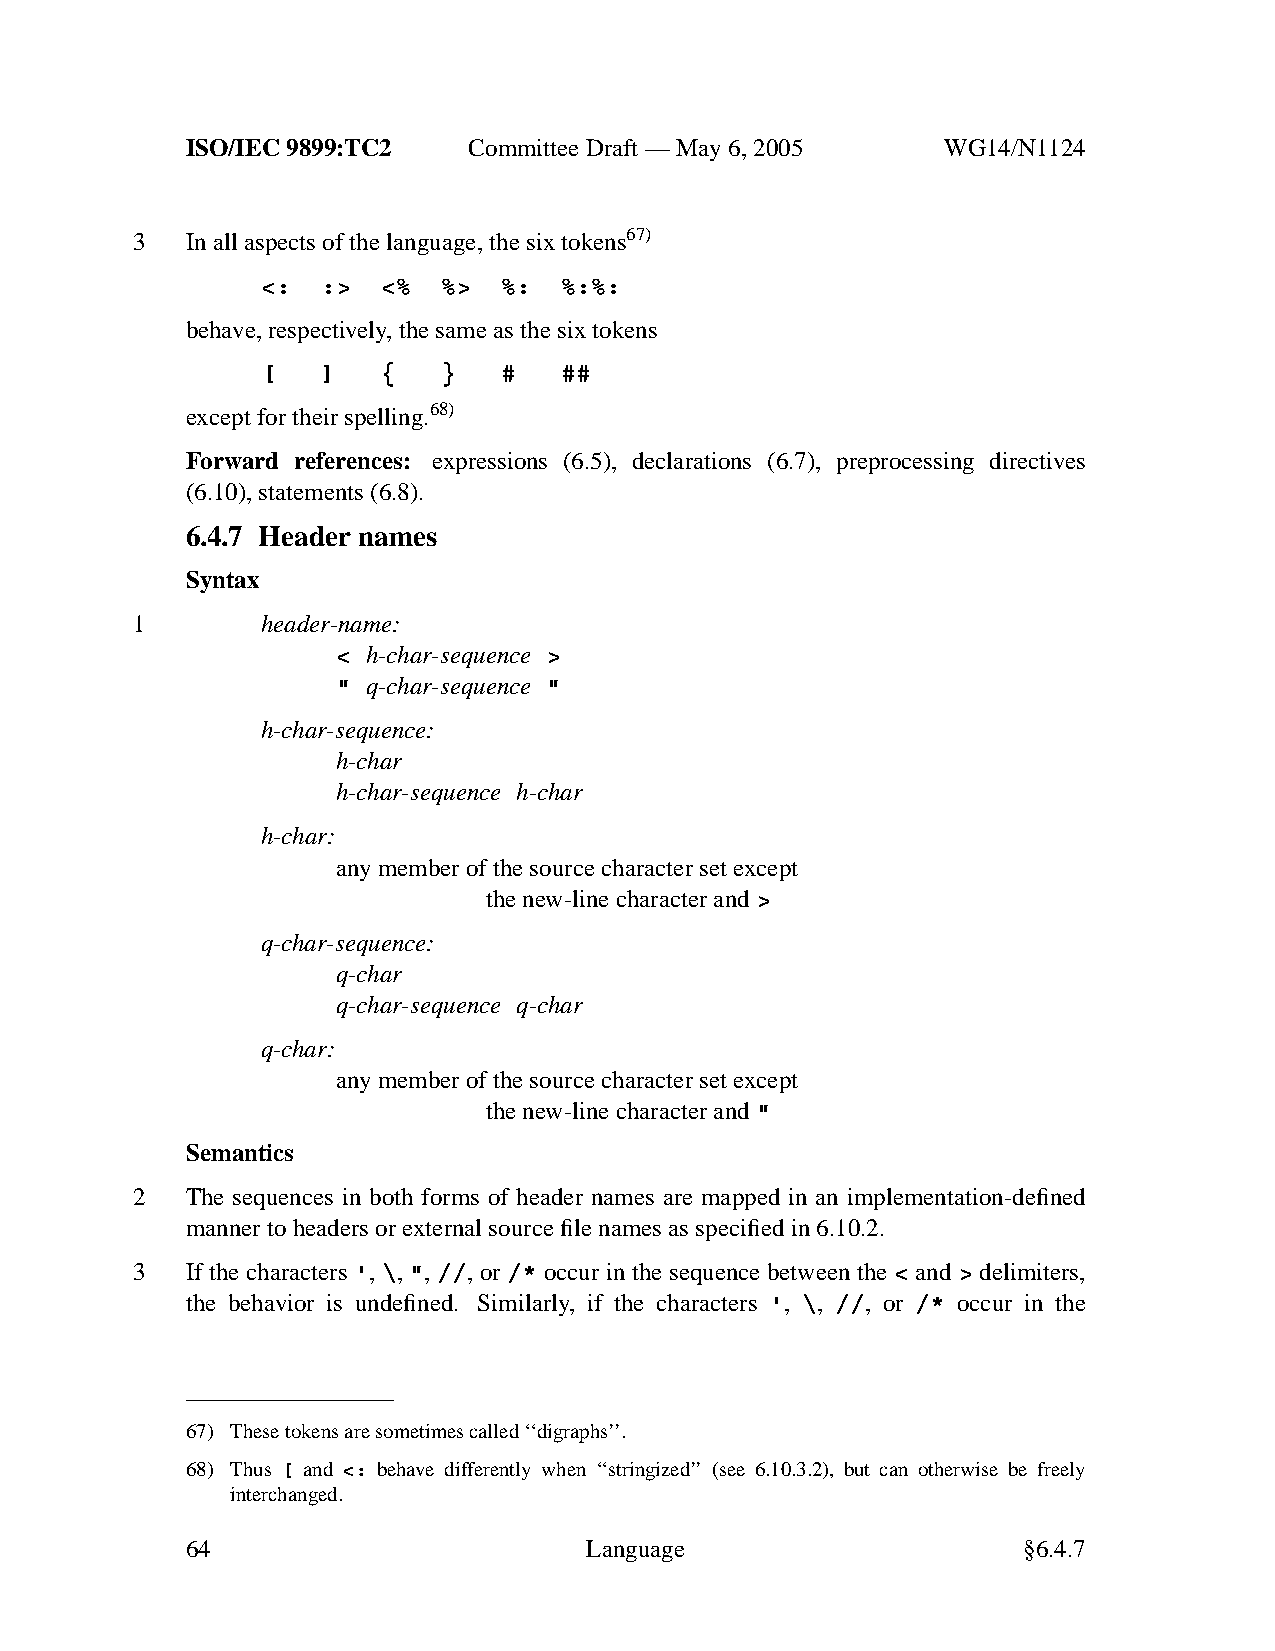
ISO/IEC 9899:TC2   Committee Draft — May 6, 2005   WG14/N1124
 3  In all aspects of the language, the six tokens67)
 <:  :>  <%  %>  %:  %:%:
 behave,respectively,the same as the six tokens
 [   ]   {   }   #   ##
 except for their spelling.68)
 Forward references: expressions (6.5), declarations (6.7), preprocessing directives
 (6.10), statements (6.8).
 6.4.7 Header names
 Syntax
 1       header-name:
 < h-char-sequence >
 " q-char-sequence "
 h-char-sequence:
 h-char
 h-char-sequence h-char
 h-char:
 anymember of the source character set except
 the new-line character and>
 q-char-sequence:
 q-char
 q-char-sequence q-char
 q-char:
 anymember of the source character set except
 the new-line character and"
 Semantics
 2  The sequences in both forms of header names are mapped in an implementation-defined
 manner to headers or external source file names as specified in 6.10.2.
 3  If the characters ', \, ", //, or /* occur in the sequence between the < and > delimiters,
 the behavior is undefined. Similarly, if the characters ', \, //, or /* occur in the
 67) These tokens are sometimes called ‘‘digraphs’’.
 68) Thus [ and <: behave differently when ‘‘stringized’’ (see 6.10.3.2), but can otherwise be freely
 interchanged.
 64                         Language                     §6.4.7